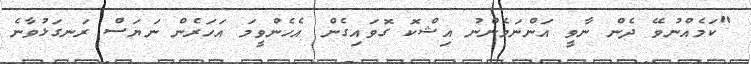
"ކަމެއްނުވޭ ދެން ނާވީ އަންނަމެންނު އިޝްކޮ ގޮވައިގެން އެހެންވީމަ އަހަރެން ނަޔަސް ރަނގަޅުވާނެ